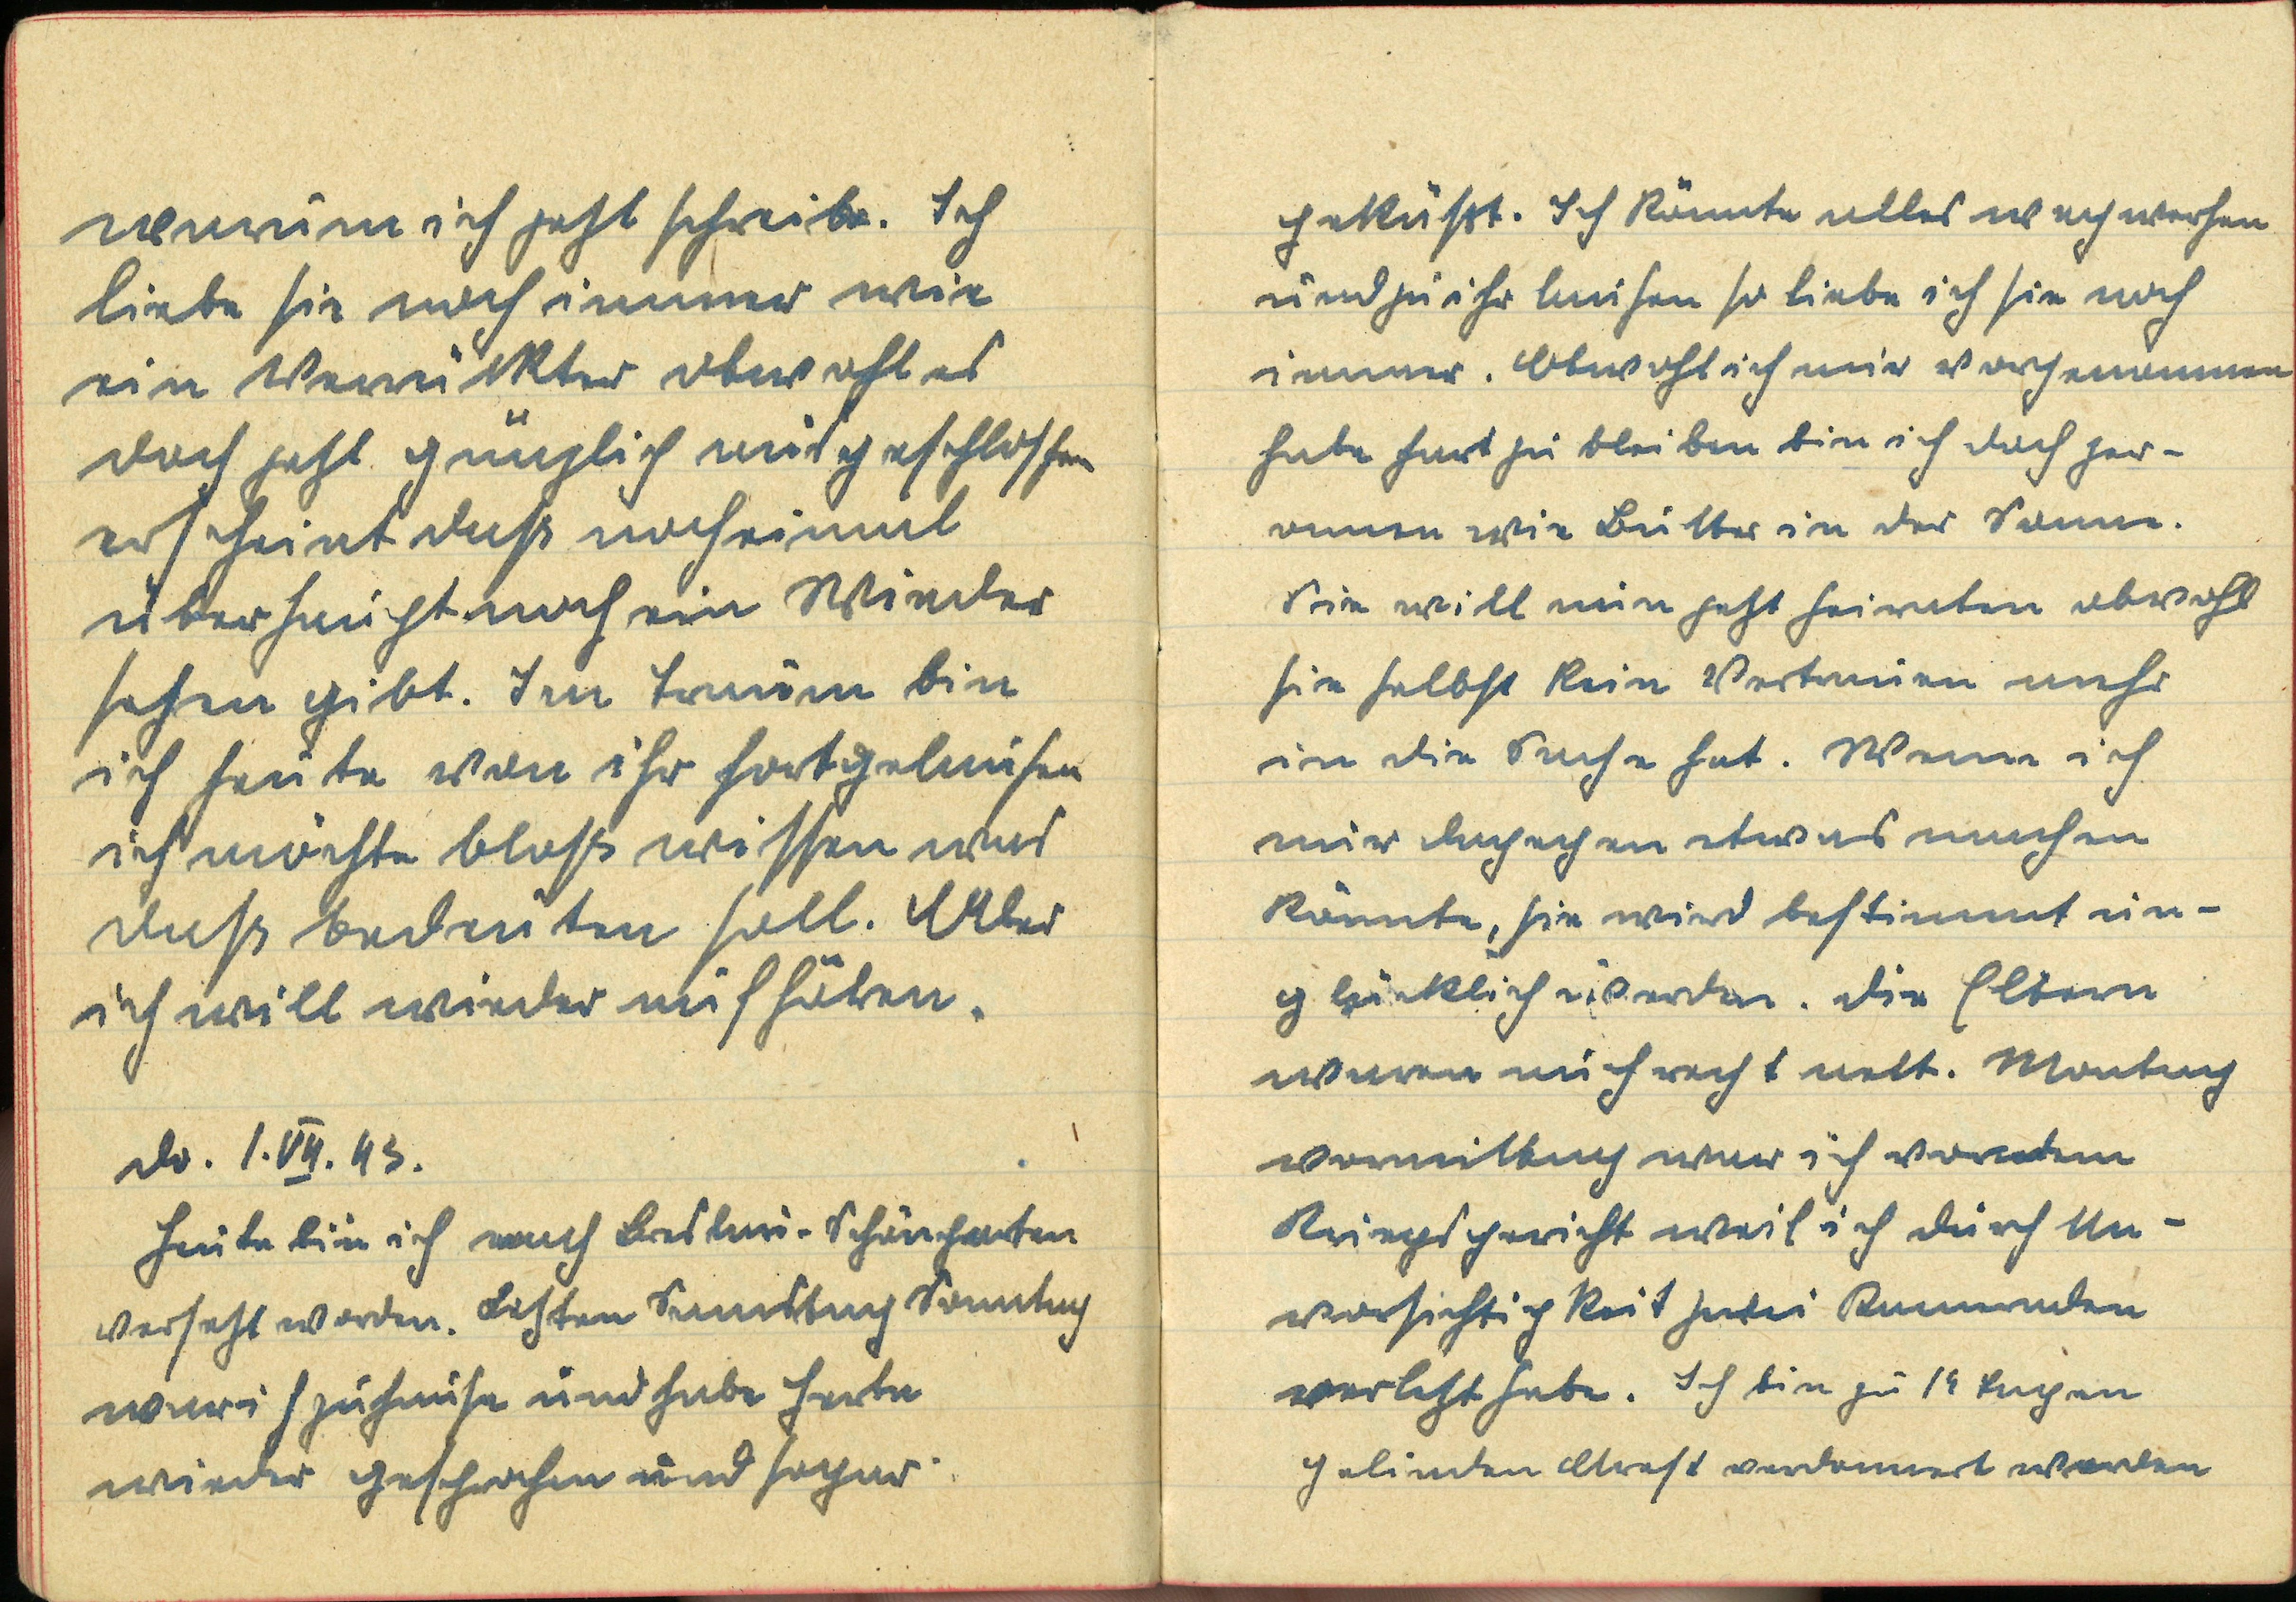
geküßt. Ich könnte alles wegwerfen
und zu ihr laufen so liebe ich sie noch
immer. Obwohl ich mir vorgenommen
habe hart zu bleiben bin ich doch zer¬
ronnen wie Butter in der Sonne.
Sie will nun jezt heiraten obwohl
sie selbst kein Vertrauen mehr
in die Sache hat. Wenn ich
nur dagegen etwas machen
könnte, sie wird bestimmt un¬
glücklich werden. Die Eltern
waren auch recht nett. Montag
Vormittag war ich vor dem
Kriegsgericht weil ich durch Un¬
vorsichtigkeit zwei Kameraden
verletzt habe. Ich bin zu 14 Tagen
gelinden Arest verdonnert worden.

warum ich jetzt schreibe. Ich
liebe sie noch immer wie
ein Verrückter obwohl es
doch jetzt gänzlich ausgeschlossen
erscheint, daß noch einmal
überhaupt noch ein Wieder¬
sehen gibt. Im Traum bin
ich heute von ihr fortgelaufen
ich möchte bloß wissen was
daß bedeuten soll. Aber
ich will wieder aufhören.
Do. 1. VII. 43.
Heute bin ich nach Breslau-Schöngarten
versetzt worden. Letzten Samstag Sonntag
war ich zuhause und habe Herta
wieder gesehen und sogar